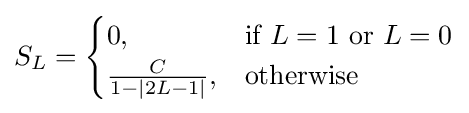
S_{L}={\begin{cases}0,&{\text{if }}L=1{\text{ or }}L=0\\{\frac {C}{1-|2L-1|}},&{\text{otherwise}}\end{cases}}